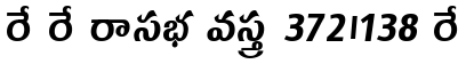
రే రే రాసభ వస్త్ర 372।138 రే